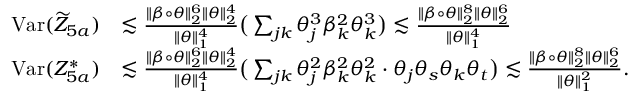
\begin{array} { r l } { \mathrm { V a r } ( \widetilde { Z } _ { 5 a } ) } & { \lesssim \frac { \| \beta \circ \theta \| _ { 2 } ^ { 6 } \| \theta \| _ { 2 } ^ { 4 } } { \| \theta \| _ { 1 } ^ { 4 } } \big ( \sum _ { j k } \theta _ { j } ^ { 3 } \beta _ { k } ^ { 2 } \theta _ { k } ^ { 3 } \big ) \lesssim \frac { \| \beta \circ \theta \| _ { 2 } ^ { 8 } \| \theta \| _ { 2 } ^ { 6 } } { \| \theta \| _ { 1 } ^ { 4 } } } \\ { \mathrm { V a r } ( Z _ { 5 a } ^ { * } ) } & { \lesssim \frac { \| \beta \circ \theta \| _ { 2 } ^ { 6 } \| \theta \| _ { 2 } ^ { 4 } } { \| \theta \| _ { 1 } ^ { 4 } } \big ( \sum _ { j k } \theta _ { j } ^ { 2 } \beta _ { k } ^ { 2 } \theta _ { k } ^ { 2 } \cdot \theta _ { j } \theta _ { s } \theta _ { k } \theta _ { t } \big ) \lesssim \frac { \| \beta \circ \theta \| _ { 2 } ^ { 8 } \| \theta \| _ { 2 } ^ { 6 } } { \| \theta \| _ { 1 } ^ { 2 } } . } \end{array}